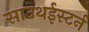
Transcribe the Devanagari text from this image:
साउथईस्टर्न